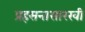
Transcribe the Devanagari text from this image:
प्रहसनासारखी